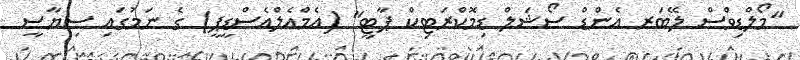
"މޯލްޑިވްސް ލޭބަރ އެންޑް ސޯޝަލް ޑިމޮކްރަޓިކް ޕާޓީ" (އެމްއެލްއެސްޑީޕީ) ގެ ނަމުގައި ސިޔާސީ